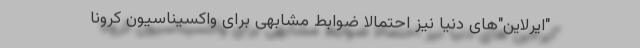
"ایرلاین"‌های دنیا نیز احتمالا ضوابط مشابهی برای واکسیناسیون کرونا